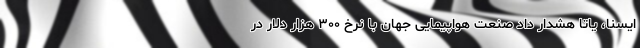
ایسنا، یاتا هشدار داد صنعت هواپیمایی جهان با نرخ ۳۰۰ هزار دلار در